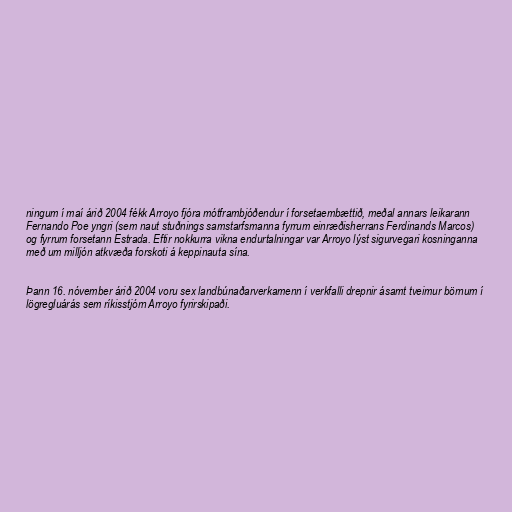
ningum í maí árið 2004 fékk Arroyo fjóra mótframbjóðendur í forsetaembættið, meðal annars leikarann
Fernando Poe yngri (sem naut stuðnings samstarfsmanna fyrrum einræðisherrans Ferdinands Marcos)
og fyrrum forsetann Estrada. Eftir nokkurra vikna endurtalningar var Arroyo lýst sigurvegari kosninganna
með um milljón atkvæða forskoti á keppinauta sína.

Þann 16. nóvember árið 2004 voru sex landbúnaðarverkamenn í verkfalli drepnir ásamt tveimur börnum í
lögregluárás sem ríkisstjórn Arroyo fyrirskipaði.